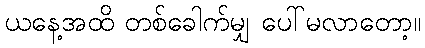
ယနေ့အထိ တစ်ခေါက်မျှ ပေါ်မလာတော့။